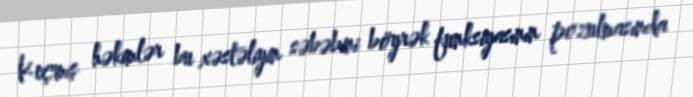
Keçmiş həkimlər bu xəstəliyin səbəbini böyrək funksiyasının pozulmasında